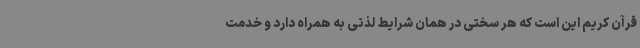
قرآن کریم این است که هر سختی در همان شرایط لذتی به همراه دارد و خدمت